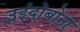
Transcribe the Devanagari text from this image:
उइंदोबोना